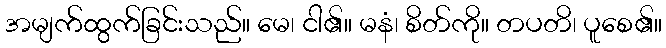
အမျက်ထွက်ခြင်းသည်။ မေ၊ ငါ၏။ မနံ၊ စိတ်ကို။ တပတိ၊ ပူစေ၏။